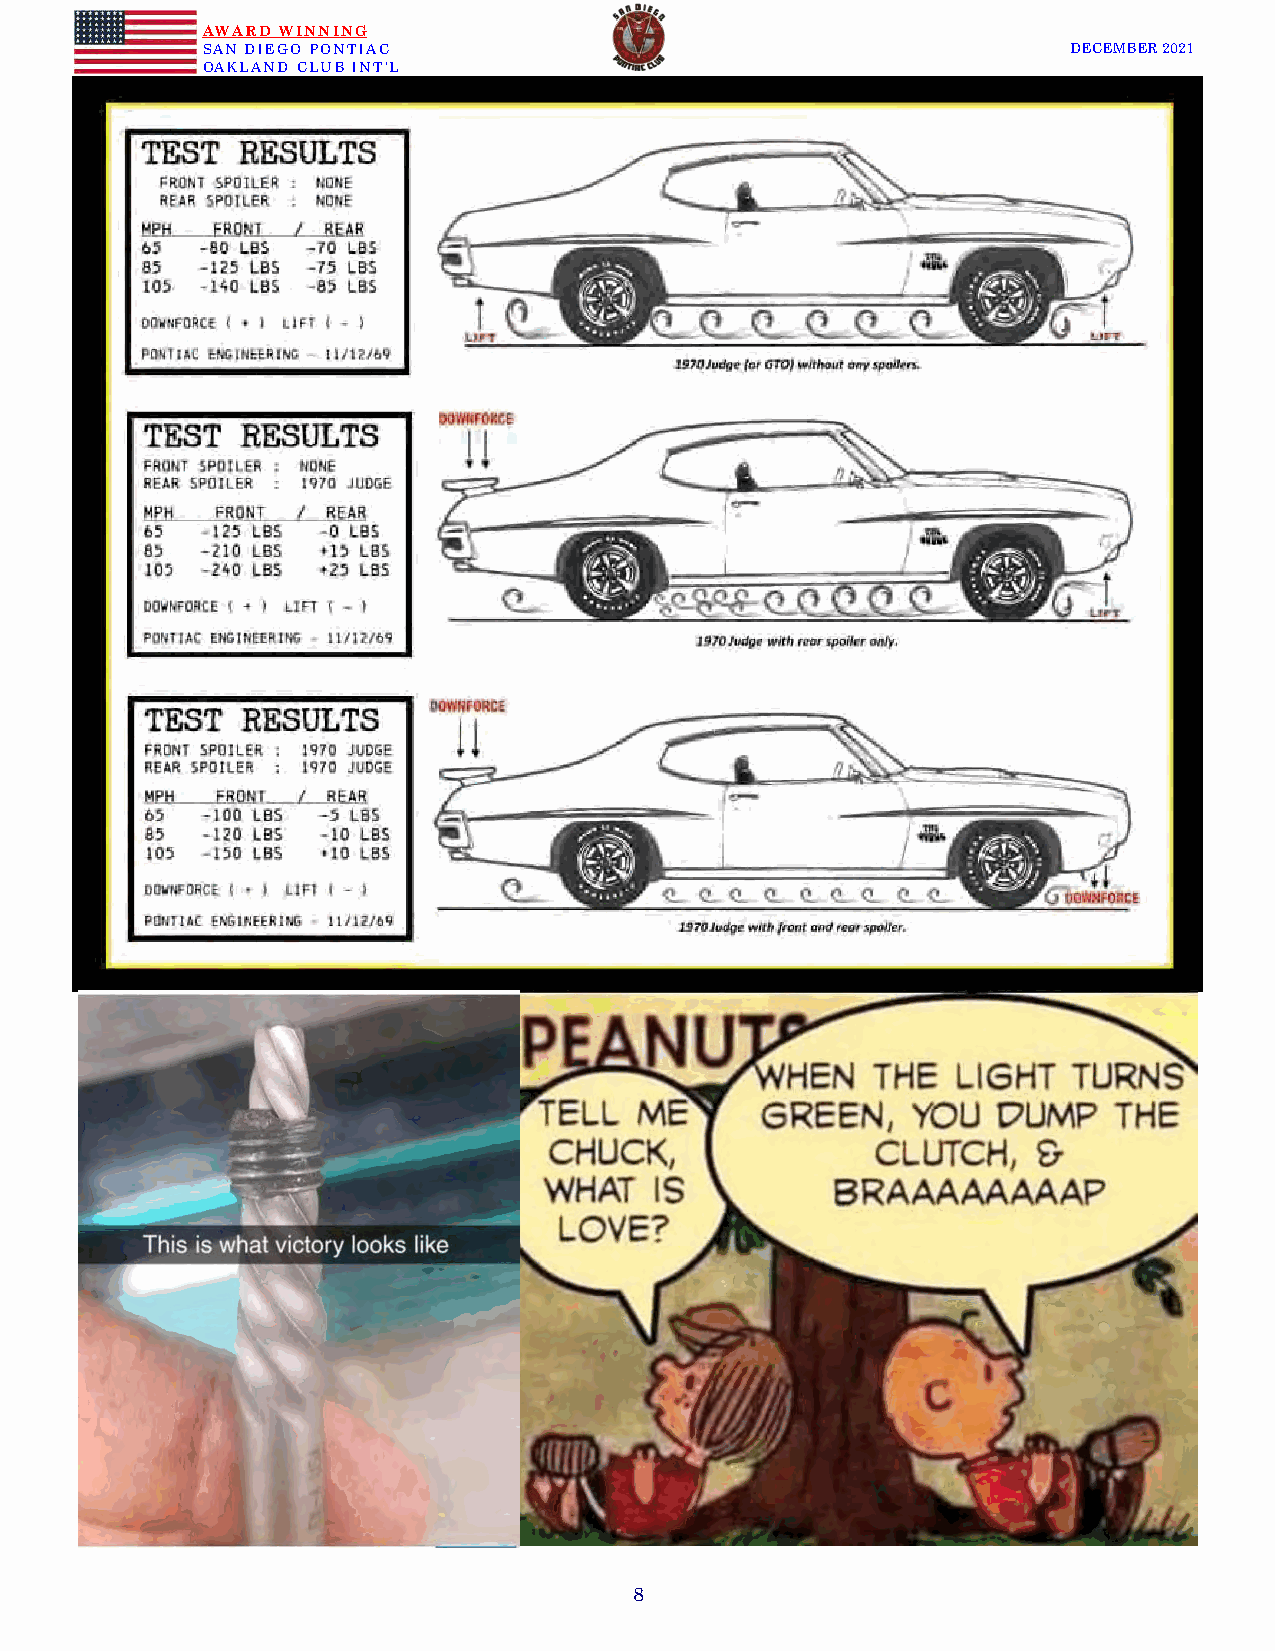
AWARD WINNING
 SAN DIEGO PONTIAC                                         DECEMBER 2021
 OAKLAND CLUB INT’L
 8